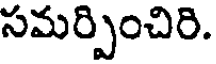
సమర్పించిరి.